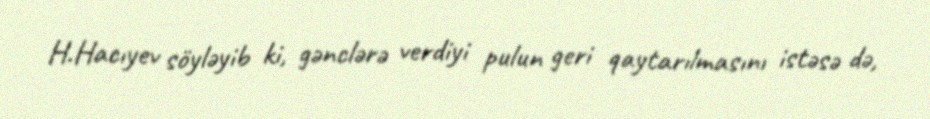
H.Hacıyev söyləyib ki, gənclərə verdiyi pulun geri qaytarılmasını istəsə də,